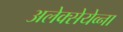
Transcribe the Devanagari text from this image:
अलेक्सेयेव्ना